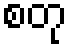
စတု